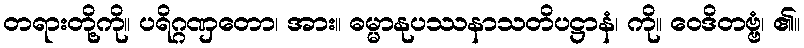
တရားတို့ကို။ ပရိဂ္ဂဏှတော၊ အား။ ဓမ္မာနုပဿနာသတိပဋ္ဌာနံ၊ ကို။ ဝေဒိတဗ္ဗံ၊ ၏။